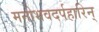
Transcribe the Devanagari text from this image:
मनोभवदर्पहारिन्